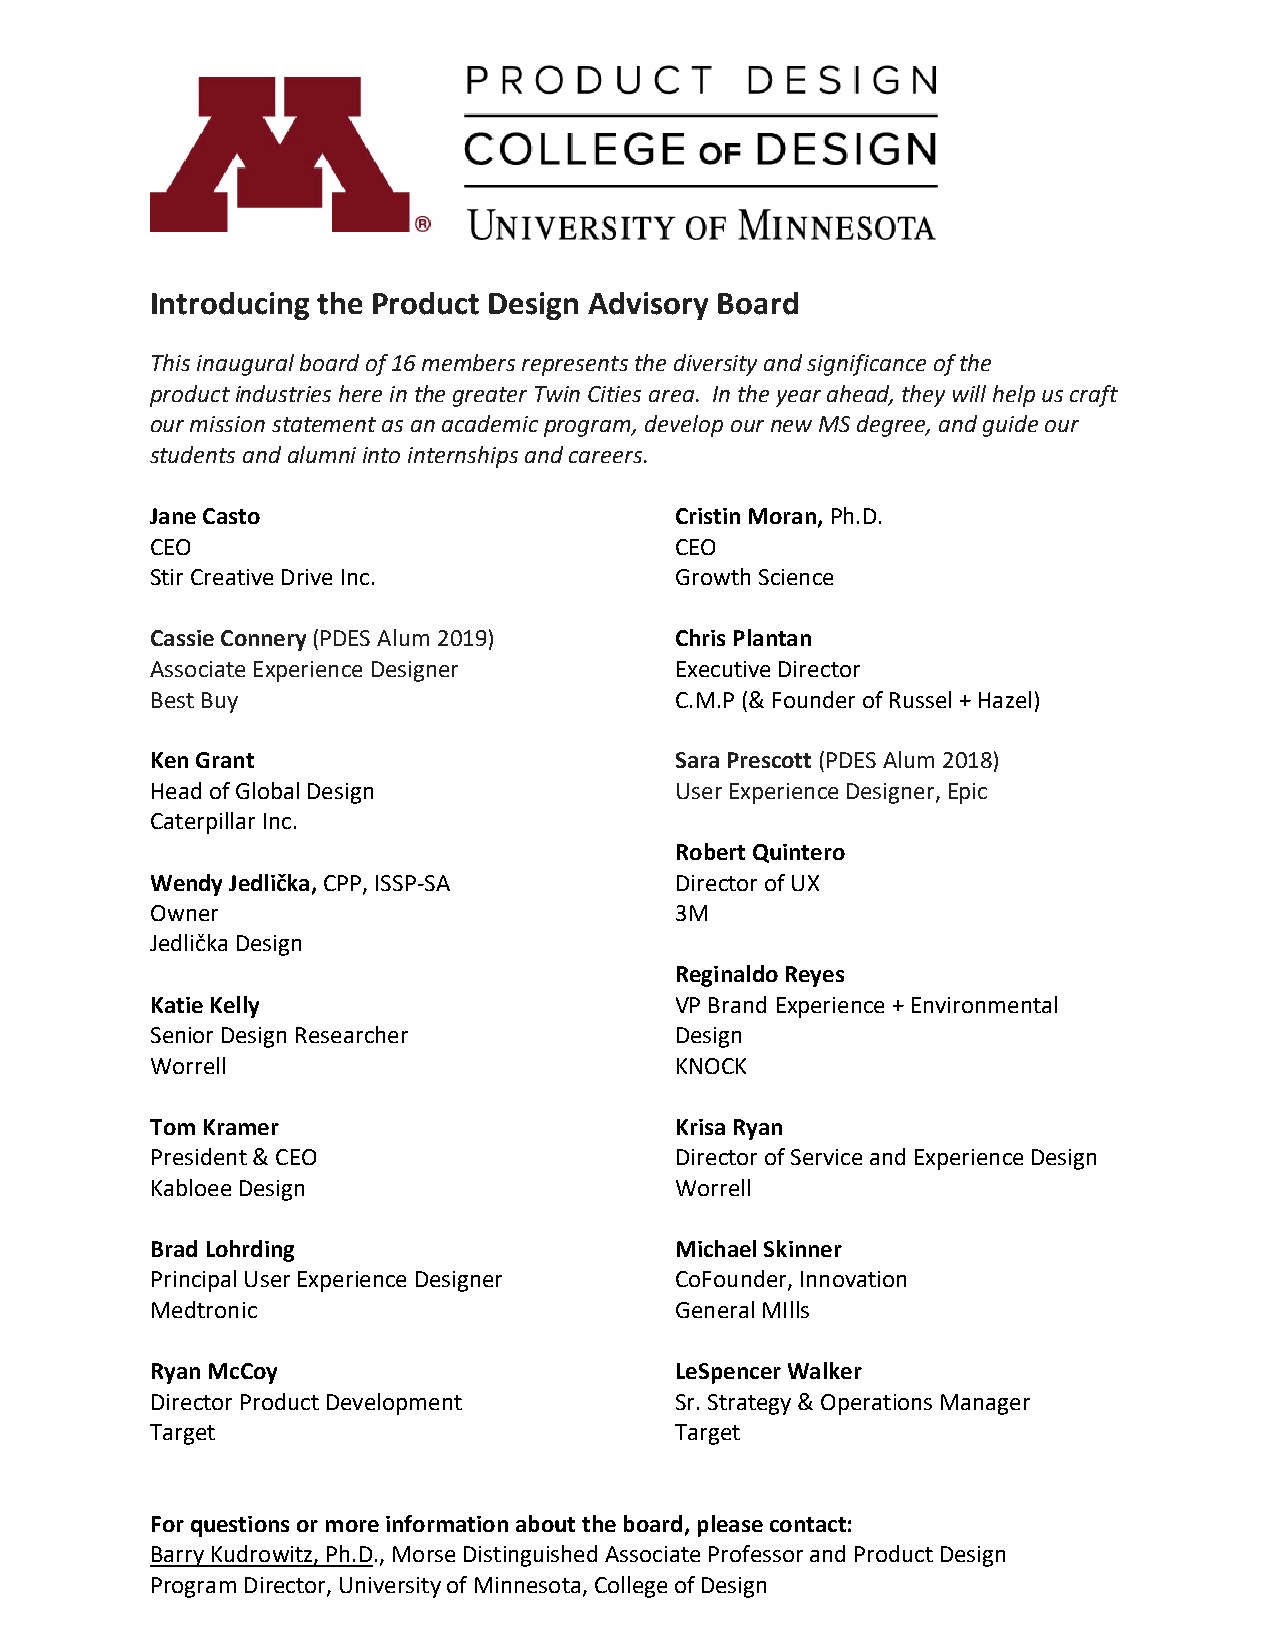
Introducing the Product Design Advisory Board
 This inaugural board of 16 members represents the diversity and significance of the
 product industries here in the greater Twin Cities area. In the year ahead, they will help us craft
 our mission statement as an academic program, develop our new MS degree, and guide our
 students and alumni into internships and careers.
 Jane Casto                         Cristin Moran, Ph.D.
 CEO                                CEO
 Stir Creative Drive Inc.           Growth Science
 Cassie Connery (PDES Alum 2019)    Chris Plantan
 Associate Experience Designer      Executive Director
 Best Buy                           C.M.P (& Founder of Russel + Hazel)
 Ken Grant                          Sara Prescott (PDES Alum 2018)
 Head of Global Design              User Experience Designer, Epic
 Caterpillar Inc.
 Robert Quintero
 Wendy Jedlička, CPP, ISSP-SA       Director of UX
 Owner                              3M
 Jedlička Design
 Reginaldo Reyes
 Katie Kelly                        VP Brand Experience + Environmental
 Senior Design Researcher           Design
 Worrell                            KNOCK
 Tom Kramer                         Krisa Ryan
 President & CEO                    Director of Service and Experience Design
 Kabloee Design                     Worrell
 Brad Lohrding                      Michael Skinner
 Principal User Experience Designer CoFounder, Innovation
 Medtronic                          General MIlls
 Ryan McCoy                         LeSpencer Walker
 Director Product Development       Sr. Strategy & Operations Manager
 Target                             Target
 For questions or more information about the board, please contact:
 Barry Kudrowitz, Ph.D., Morse Distinguished Associate Professor and Product Design
 Program Director, University of Minnesota, College of Design